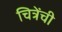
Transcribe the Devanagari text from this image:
चित्रेंची